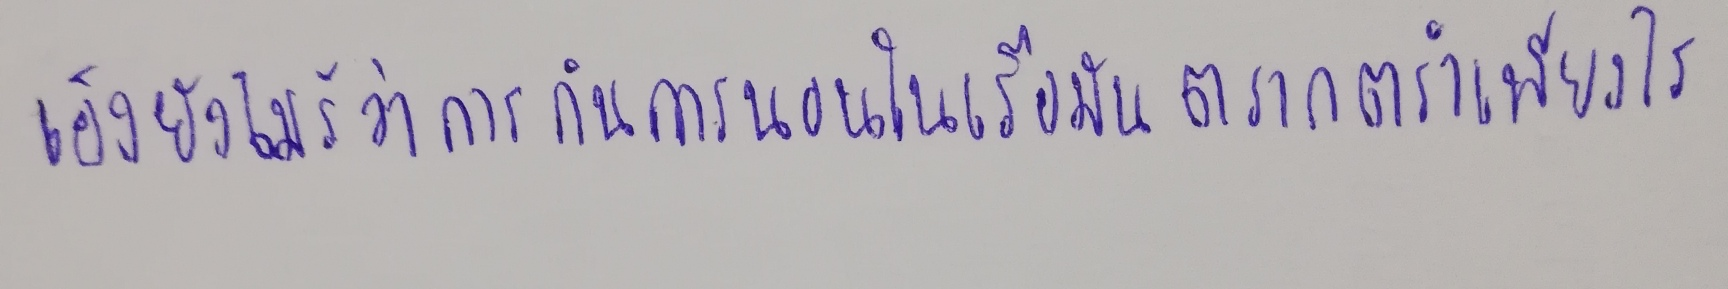
เอ็งยังไม่รู้ว่าการกินการนอนในเรือมันตรากตรำเพียงไร